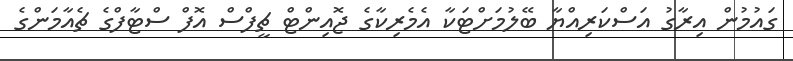
ގައުމުން އިރާގު އަސްކަރިއްޔާ ބޭލުމަށްޓަކާ އެމެރިކާގެ ޖޮއިންޓް ޗީފްސް އޮފް ސްޓާފްގެ ޗެއާމަންގެ